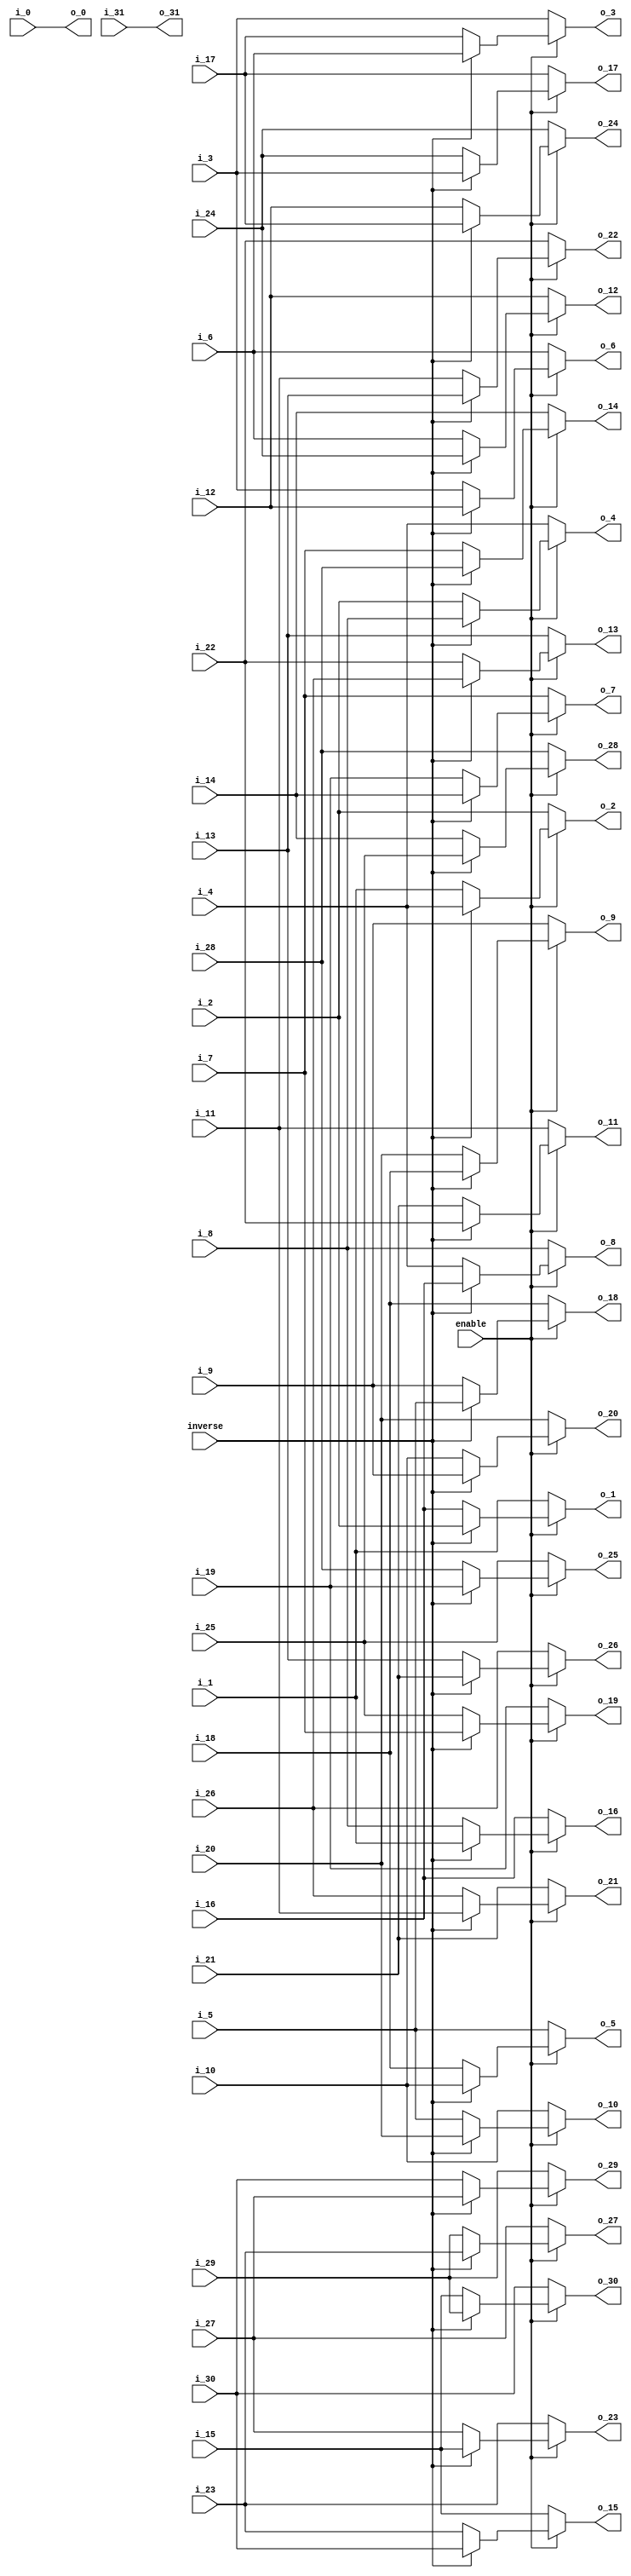
module premuat3_32(
             enable,
		        inverse,
               i_0,
               i_1,
               i_2,
               i_3,
               i_4,
               i_5,
               i_6,
               i_7,
               i_8,
               i_9,
               i_10,
               i_11,
               i_12,
               i_13,
               i_14,
               i_15,
               i_16,
               i_17,
               i_18,
               i_19,
               i_20,
               i_21,
               i_22,
               i_23,
               i_24,
               i_25,
               i_26,
               i_27,
               i_28,
               i_29,
               i_30,
               i_31,
               
               o_0,
               o_1,
               o_2,
               o_3,
               o_4,
               o_5,
               o_6,
               o_7,
               o_8,
               o_9,
               o_10,
               o_11,
               o_12,
               o_13,
               o_14,
               o_15,
               o_16,
               o_17,
               o_18,
               o_19,
               o_20,
               o_21,
               o_22,
               o_23,
               o_24,
               o_25,
               o_26,
               o_27,
               o_28,
               o_29,
               o_30,
               o_31
);

// ********************************************
//                                             
//    INPUT / OUTPUT DECLARATION                                               
//                                                                             
// ********************************************
input                enable;
input               inverse;
input  signed  [27:0]   i_0;
input  signed  [27:0]   i_1;
input  signed  [27:0]   i_2;
input  signed  [27:0]   i_3;
input  signed  [27:0]   i_4;
input  signed  [27:0]   i_5;
input  signed  [27:0]   i_6;
input  signed  [27:0]   i_7;
input  signed  [27:0]   i_8;
input  signed  [27:0]   i_9;
input  signed  [27:0]   i_10;
input  signed  [27:0]   i_11;
input  signed  [27:0]   i_12;
input  signed  [27:0]   i_13;
input  signed  [27:0]   i_14;
input  signed  [27:0]   i_15;
input  signed  [27:0]   i_16;
input  signed  [27:0]   i_17;
input  signed  [27:0]   i_18;
input  signed  [27:0]   i_19;
input  signed  [27:0]   i_20;
input  signed  [27:0]   i_21;
input  signed  [27:0]   i_22;
input  signed  [27:0]   i_23;
input  signed  [27:0]   i_24;
input  signed  [27:0]   i_25;
input  signed  [27:0]   i_26;
input  signed  [27:0]   i_27;
input  signed  [27:0]   i_28;
input  signed  [27:0]   i_29;
input  signed  [27:0]   i_30;
input  signed  [27:0]   i_31;


output  signed [27:0]   o_0;
output  signed [27:0]   o_1;
output  signed [27:0]   o_2;
output  signed [27:0]   o_3;
output  signed [27:0]   o_4;
output  signed [27:0]   o_5;
output  signed [27:0]   o_6;
output  signed [27:0]   o_7;
output  signed [27:0]   o_8;
output  signed [27:0]   o_9;
output  signed [27:0]   o_10;
output  signed [27:0]   o_11;
output  signed [27:0]   o_12;
output  signed [27:0]   o_13;
output  signed [27:0]   o_14;
output  signed [27:0]   o_15;
output  signed [27:0]   o_16;
output  signed [27:0]   o_17;
output  signed [27:0]   o_18;
output  signed [27:0]   o_19;
output  signed [27:0]   o_20;
output  signed [27:0]   o_21;
output  signed [27:0]   o_22;
output  signed [27:0]   o_23;
output  signed [27:0]   o_24;
output  signed [27:0]   o_25;
output  signed [27:0]   o_26;
output  signed [27:0]   o_27;
output  signed [27:0]   o_28;
output  signed [27:0]   o_29;
output  signed [27:0]   o_30;
output  signed [27:0]   o_31;

// ********************************************
//                                             
//    REG DECLARATION                                               
//                                                                             
// ********************************************

reg signed [27:0]       o1;
reg signed [27:0]       o2;
reg signed [27:0]       o3;
reg signed [27:0]       o4;
reg signed [27:0]       o5;
reg signed [27:0]       o6;
reg signed [27:0]       o7;
reg signed [27:0]       o8;
reg signed [27:0]       o9;
reg signed [27:0]       o10;
reg signed [27:0]       o11;
reg signed [27:0]       o12;
reg signed [27:0]       o13;
reg signed [27:0]       o14;
reg signed [27:0]       o15;
reg signed [27:0]       o16;
reg signed [27:0]       o17;
reg signed [27:0]       o18;
reg signed [27:0]       o19;
reg signed [27:0]       o20;
reg signed [27:0]       o21;
reg signed [27:0]       o22;
reg signed [27:0]       o23;
reg signed [27:0]       o24;
reg signed [27:0]       o25;
reg signed [27:0]       o26;
reg signed [27:0]       o27;
reg signed [27:0]       o28;
reg signed [27:0]       o29;
reg signed [27:0]       o30;


// ********************************************
//                                             
//    Combinational Logic                      
//                                             
// ********************************************

always@(*)
if(inverse)
    begin
    o1 =i_2 ;
    o2 =i_4 ;
    o3 =i_6 ;
    o4 =i_8 ;
    o5 =i_10;
    o6 =i_12;
    o7 =i_14;
    o8 =i_16;
    o9 =i_18;
    o10=i_20;
    o11=i_22;
    o12=i_24;
    o13=i_26;
    o14=i_28;
    o15=i_30;
    o16=i_1 ;
    o17=i_3 ;
    o18=i_5 ;
    o19=i_7 ;
    o20=i_9 ;
    o21=i_11;
    o22=i_13;
    o23=i_15;
    o24=i_17;
    o25=i_19;
    o26=i_21;
    o27=i_23;
    o28=i_25;
    o29=i_27;
    o30=i_29;
    end
   else
    begin
    o1 =i_16;
    o2 =i_1;
    o3 =i_17;
    o4 =i_2;
    o5 =i_18;
    o6 =i_3;
    o7 =i_19;
    o8 =i_4;
    o9 =i_20;
    o10=i_5;
    o11=i_21;
    o12=i_6;
    o13=i_22;
    o14=i_7;
    o15=i_23;
    o16=i_8;
    o17=i_24;
    o18=i_9;
    o19=i_25;
    o20=i_10;
    o21=i_26;
    o22=i_11;
    o23=i_27;
    o24=i_12;
    o25=i_28;
    o26=i_13;
    o27=i_29;
    o28=i_14;
    o29=i_30;
    o30=i_15;
    end

assign  o_0=i_0;
assign  o_1=enable?o1:i_1;
assign  o_2=enable?o2:i_2;
assign  o_3=enable?o3:i_3;
assign  o_4=enable?o4:i_4;
assign  o_5=enable?o5:i_5;
assign  o_6=enable?o6:i_6;
assign  o_7=enable?o7:i_7;
assign  o_8=enable?o8:i_8;
assign  o_9=enable?o9:i_9;
assign  o_10=enable?o10:i_10;
assign  o_11=enable?o11:i_11;
assign  o_12=enable?o12:i_12;
assign  o_13=enable?o13:i_13;
assign  o_14=enable?o14:i_14;
assign  o_15=enable?o15:i_15;
assign  o_16=enable?o16:i_16;
assign  o_17=enable?o17:i_17;
assign  o_18=enable?o18:i_18;
assign  o_19=enable?o19:i_19;
assign  o_20=enable?o20:i_20;
assign  o_21=enable?o21:i_21;
assign  o_22=enable?o22:i_22;
assign  o_23=enable?o23:i_23;
assign  o_24=enable?o24:i_24;
assign  o_25=enable?o25:i_25;
assign  o_26=enable?o26:i_26;
assign  o_27=enable?o27:i_27;
assign  o_28=enable?o28:i_28;
assign  o_29=enable?o29:i_29;
assign  o_30=enable?o30:i_30;
assign  o_31=i_31;

endmodule